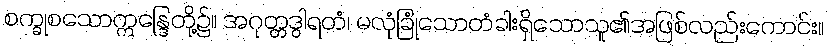
စက္ခုစသောဣန္ဒြေတို့၌။ အဂုတ္တဒွါရတံ၊ မလုံခြုံသောတံခါးရှိသောသူ၏အဖြစ်လည်းကောင်း။